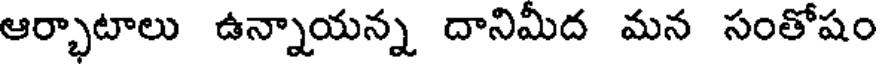
ఆర్భాటాలు ఉన్నాయన్న దానిమీద మన సంతోషం